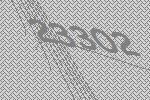
23302